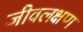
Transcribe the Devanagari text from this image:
जीवलक्षण